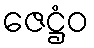
ဇေဋ္ဌံဝ